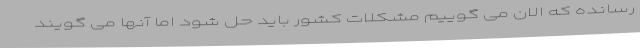
رسانده که الان می گوییم مشکلات کشور باید حل شود اما آنها می گویند